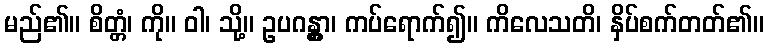
မည်၏။ စိတ္တံ၊ ကို။ ဝါ၊ သို့။ ဥပဂန္တွာ၊ ကပ်ရောက်၍။ ကိလေသတိ၊ နှိပ်စက်တတ်၏။